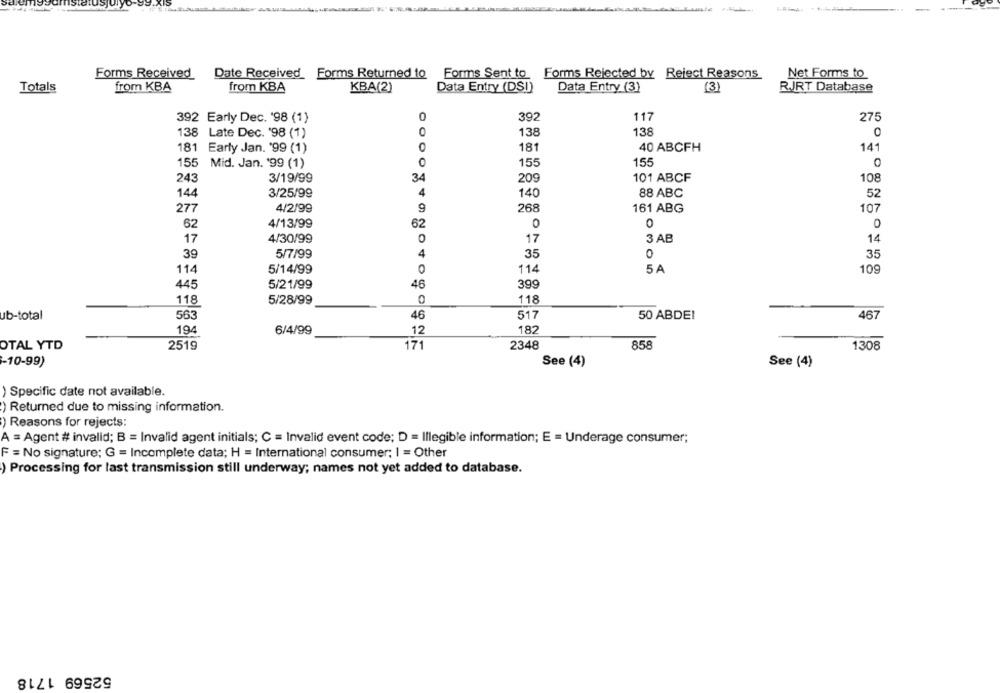
Forms Received Date Received Forms Returned 10
Forms Sent to Forms Rejected by Reject Reasons
Net Forms to
Totals
from KBA
from KBA
KBA(2)
Data Entry (DS!)
Data Entry (3)
(3)
R.JRT Database
392 Early Dec. '98 (1)
0
392
117
275
138
138
Late Dec. '98 (1)
138
0
181 Early Jan. '99 (1)
181
40 ABCFH
141
5 Mid. Jan. '99 (1)
0
155
155
243
3/19/99
34
209
101 ABCF
108
144
3/25/99
4
140
88 ABC
52
277
4/2/99
268
161 ABG
107
9
62
4/13/99
62
0
0
17
4/30/99
O
17
3 AB
14
39
5/7/99
4
35
0
35
114
5/14/99
114
5A
109
399
445
5/21/99
46
118
5/28/99
0
118
ub-total
563
46
517
50 ABDEI
467
194
6/4/99
12
182
OTAL YTD
2519
171
2348
858
1308
-10-99)
See (4)
See (4)
Specific date not available.
) Returned due to missing information.
) Reasons for rejects:
A = Agent # invalid; B = Invalid agent initials; C = Invalid event code; D = Illegible information; E = Underage consumer;
F = No signature; G = Incomplete data; H = International consumer; I = Other
) Processing for last transmission still underway; names not yet added to database.
52569 1718